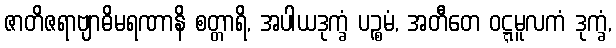
ဇာတိဇရာဗျာဓိမရဏာနိ စတ္တာရိ, အပါယဒုက္ခံ ပဉ္စမံ, အတီတေ ဝဋ္ဋမူလကံ ဒုက္ခံ,